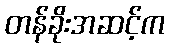
တန်ခိုးအဆင့်က